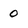
Character: 0